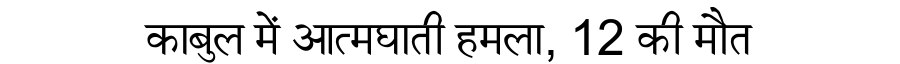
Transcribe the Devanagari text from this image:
काबुल में आत्मघाती हमला, 12 की मौत